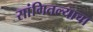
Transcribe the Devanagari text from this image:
सांगितल्याचा